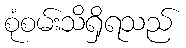
စုံစမ်းသိရှိရသည်